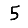
Digit: 5